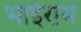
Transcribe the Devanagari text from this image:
भाईराम